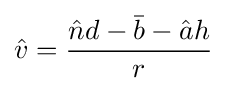
{\hat {v}}={\frac {{\hat {n}}d-{\bar {b}}-{\hat {a}}h}{r}}